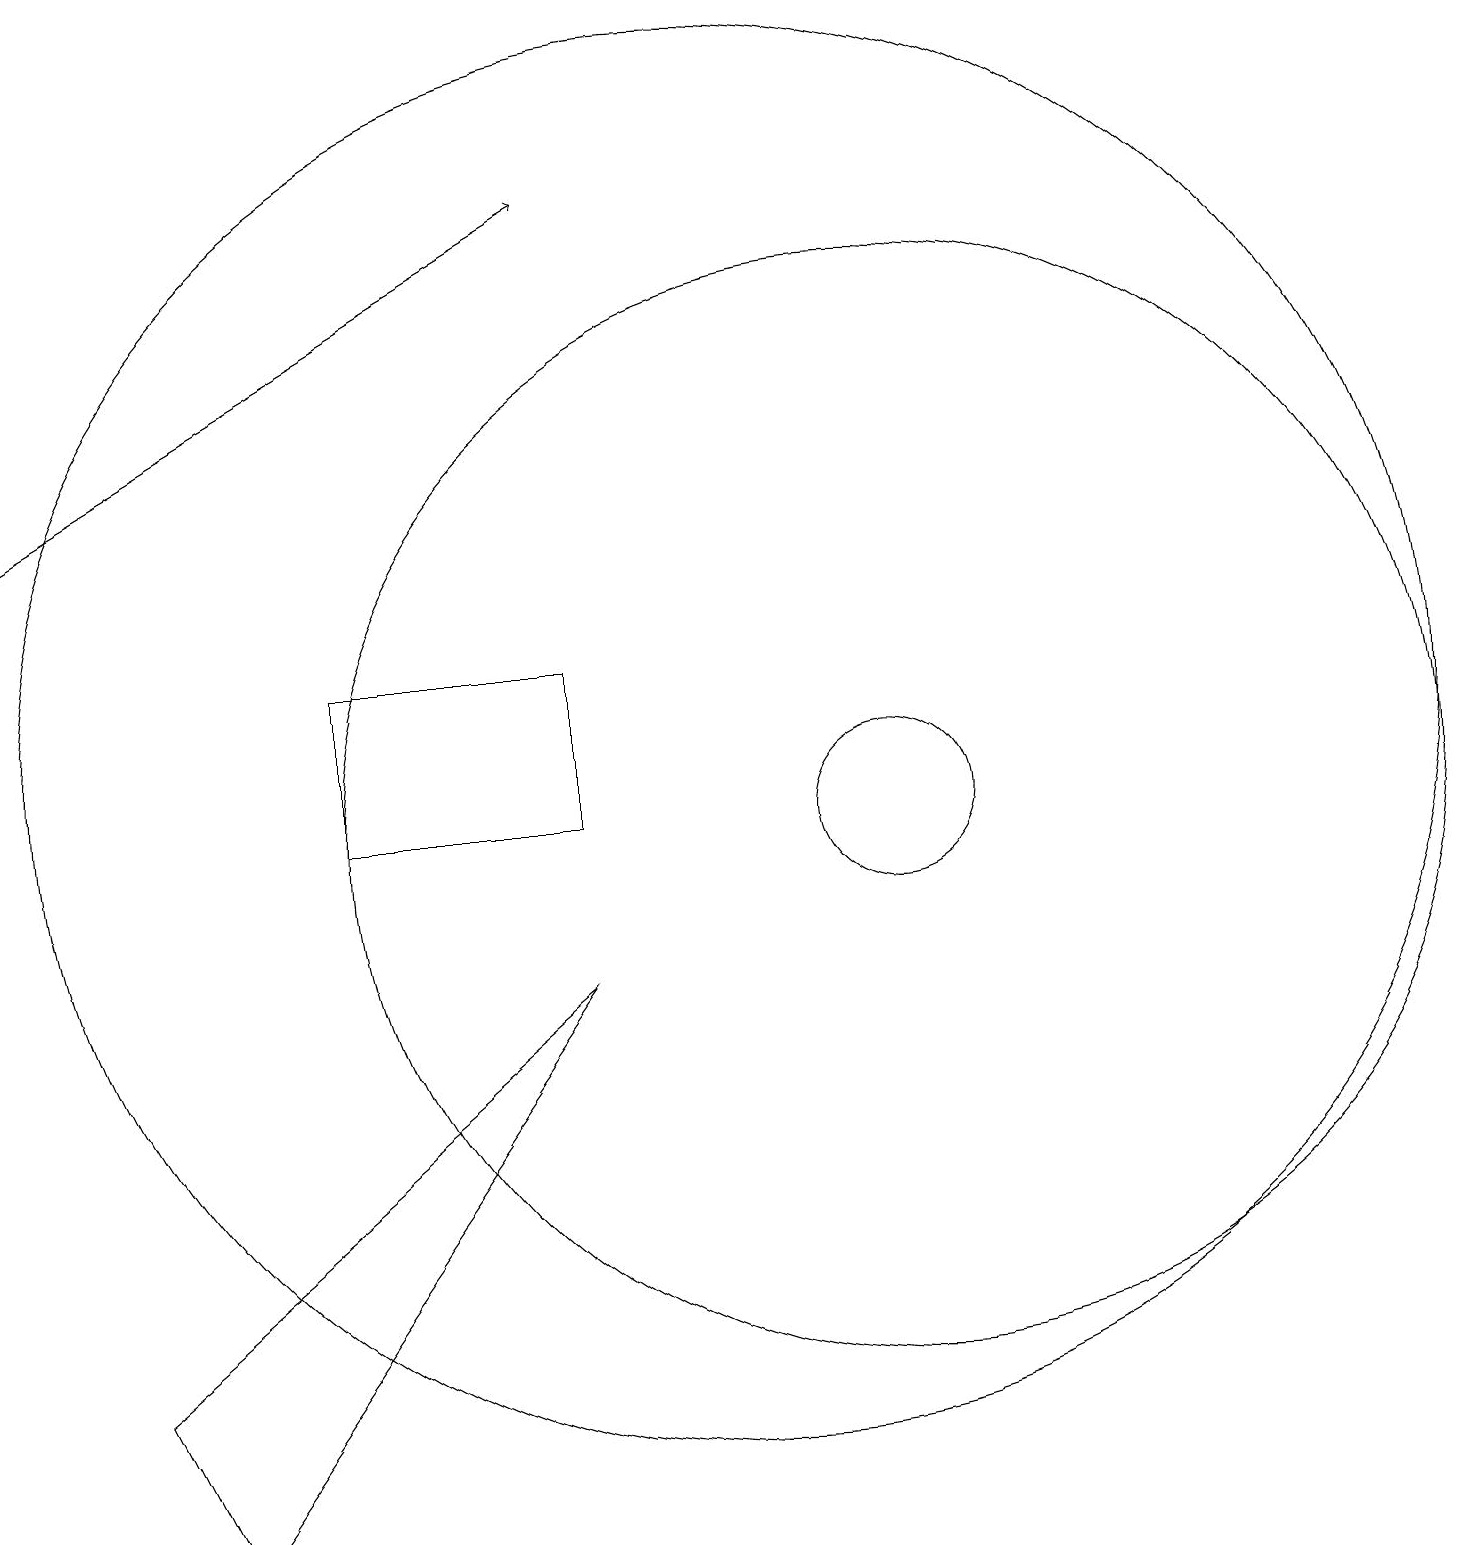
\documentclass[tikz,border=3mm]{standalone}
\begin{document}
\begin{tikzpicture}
\draw (5,12) rectangle (8,10);
\draw (10,11) circle (9);
\draw (12,10) circle (1);
\draw[->] (1,14) -- (8,18);
\draw (12,10) circle (7);
\draw (3,1) -- (2,3) -- (8,8) -- cycle;
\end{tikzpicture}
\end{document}